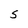
Character: S